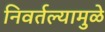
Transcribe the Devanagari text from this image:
निवर्तल्यामुळे